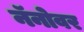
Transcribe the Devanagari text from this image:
नॅनोवर